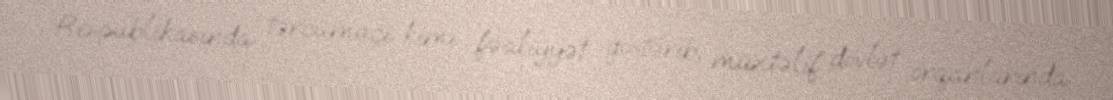
Respublikasında tərcüməçi kimi fəaliyyət göstərib, müxtəlif dövlət orqanlarında